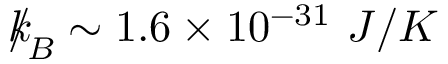
{ \slash \! \! \! k } _ { \! { B } } \sim 1 . 6 \times 1 0 ^ { - 3 1 } \ J / K